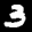
Label: 3